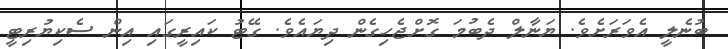
ބުނެލީ އެވަރަށެވެ. ޔަނާލް ދެބުމަ ގޮށްޖެހިގެން ދިޔައެވެ. ގޭޓު ކައިރީގައި އިން ސެކިޔުރިޓީ